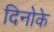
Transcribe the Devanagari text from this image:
दिनोके